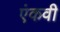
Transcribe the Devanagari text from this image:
एंकवी